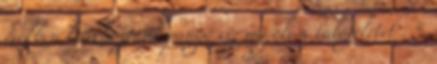
években létrehoztunk pangó víz megöli a talajéletet . 5.